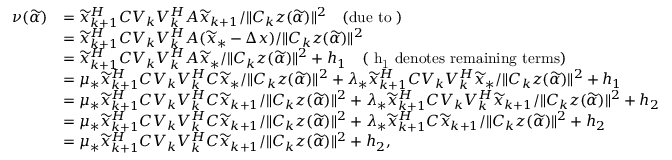
\begin{array} { r l } { \nu ( \widetilde { \alpha } ) } & { = \widetilde { x } _ { k + 1 } ^ { H } C V _ { k } V _ { k } ^ { H } A \widetilde { x } _ { k + 1 } / \| C _ { k } z ( \widetilde { \alpha } ) \| ^ { 2 } \quad \mathrm { ( d u e ~ t o ~ ) } } \\ & { = \widetilde { x } _ { k + 1 } ^ { H } C V _ { k } V _ { k } ^ { H } A ( \widetilde { x } _ { * } - \Delta x ) / \| C _ { k } z ( \widetilde { \alpha } ) \| ^ { 2 } } \\ & { = \widetilde { x } _ { k + 1 } ^ { H } C V _ { k } V _ { k } ^ { H } A \widetilde { x } _ { * } / \| C _ { k } z ( \widetilde { \alpha } ) \| ^ { 2 } + h _ { 1 } \quad \mathrm { ( ~ h _ 1 ~ d e n o t e s ~ r e m a i n i n g ~ t e r m s ) } } \\ & { = \mu _ { * } \widetilde { x } _ { k + 1 } ^ { H } C V _ { k } V _ { k } ^ { H } C \widetilde { x } _ { * } / \| C _ { k } z ( \widetilde { \alpha } ) \| ^ { 2 } + \lambda _ { * } \widetilde { x } _ { k + 1 } ^ { H } C V _ { k } V _ { k } ^ { H } \widetilde { x } _ { * } / \| C _ { k } z ( \widetilde { \alpha } ) \| ^ { 2 } + h _ { 1 } } \\ & { = \mu _ { * } \widetilde { x } _ { k + 1 } ^ { H } C V _ { k } V _ { k } ^ { H } C \widetilde { x } _ { k + 1 } / \| C _ { k } z ( \widetilde { \alpha } ) \| ^ { 2 } + \lambda _ { * } \widetilde { x } _ { k + 1 } ^ { H } C V _ { k } V _ { k } ^ { H } \widetilde { x } _ { k + 1 } / \| C _ { k } z ( \widetilde { \alpha } ) \| ^ { 2 } + h _ { 2 } } \\ & { = \mu _ { * } \widetilde { x } _ { k + 1 } ^ { H } C V _ { k } V _ { k } ^ { H } C \widetilde { x } _ { k + 1 } / \| C _ { k } z ( \widetilde { \alpha } ) \| ^ { 2 } + \lambda _ { * } \widetilde { x } _ { k + 1 } ^ { H } C \widetilde { x } _ { k + 1 } / \| C _ { k } z ( \widetilde { \alpha } ) \| ^ { 2 } + h _ { 2 } } \\ & { = \mu _ { * } \widetilde { x } _ { k + 1 } ^ { H } C V _ { k } V _ { k } ^ { H } C \widetilde { x } _ { k + 1 } / \| C _ { k } z ( \widetilde { \alpha } ) \| ^ { 2 } + h _ { 2 } , } \end{array}